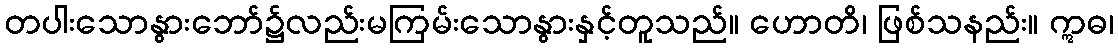
တပါးသောနွားဘော်၌လည်းမကြမ်းသောနွားနှင့်တူသည်။ ဟောတိ၊ ဖြစ်သနည်း။ ဣဓ၊